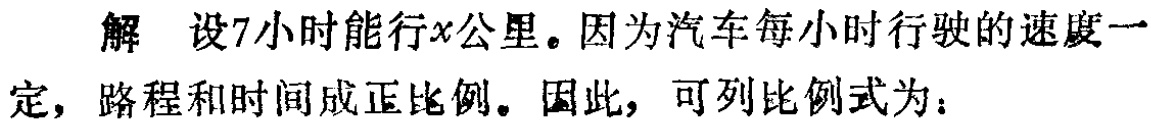
解 设7小时能行\(x\)公里。因为汽车每小时行驶的速度一定，路程和时间成正比例。因此，可列比例式为：